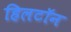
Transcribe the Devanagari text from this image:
हिलटॉन